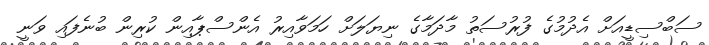
ސަބްސިޑީއަށް އެދުމުގެ ފުރުސަތު މާދަމާގެ ނިޔަލަށް ހަމަވާއިރު އެންސްޕާއިން ކުރިން ބުނެފައި ވަނީ